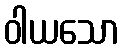
ဝါယသော